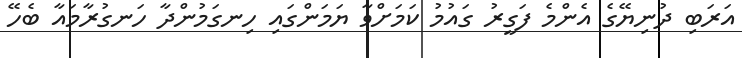
އަރަބި ދުނިޔޭގެ އެންމެ ފަގީރު ގައުމު ކަމަށްވާ ޔަމަންގައި ހިނގަމުންދާ ހަނގުރާމައާ ބެހޭ